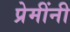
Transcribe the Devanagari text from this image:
प्रेमींनी